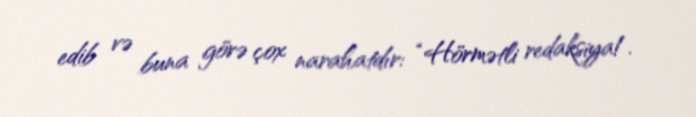
edib və buna görə çox narahatdır: “Hörmətli redaksiya!.